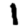
Digit: 1